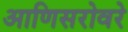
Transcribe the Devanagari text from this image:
आणिसरोवरे